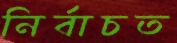
নির্বাচত